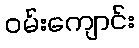
ဝမ်းကျောင်း